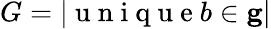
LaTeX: G=|\mathrm{~u~n~i~q~u~e~}b\in{\mathbf g}|